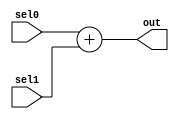
`timescale 1ns / 1ps

module add_one(
	input [15:0] sel0,
	input [15:0] sel1,
	output reg [15:0] out);
	
	always @(*)
		out = sel0 + sel1;
endmodule